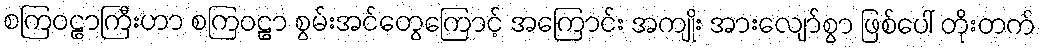
စကြဝဠာကြီးဟာ စကြဝဠာ စွမ်းအင်တွေကြောင့် အကြောင်း အကျိုး အားလျော်စွာ ဖြစ်ပေါ် တိုးတက်